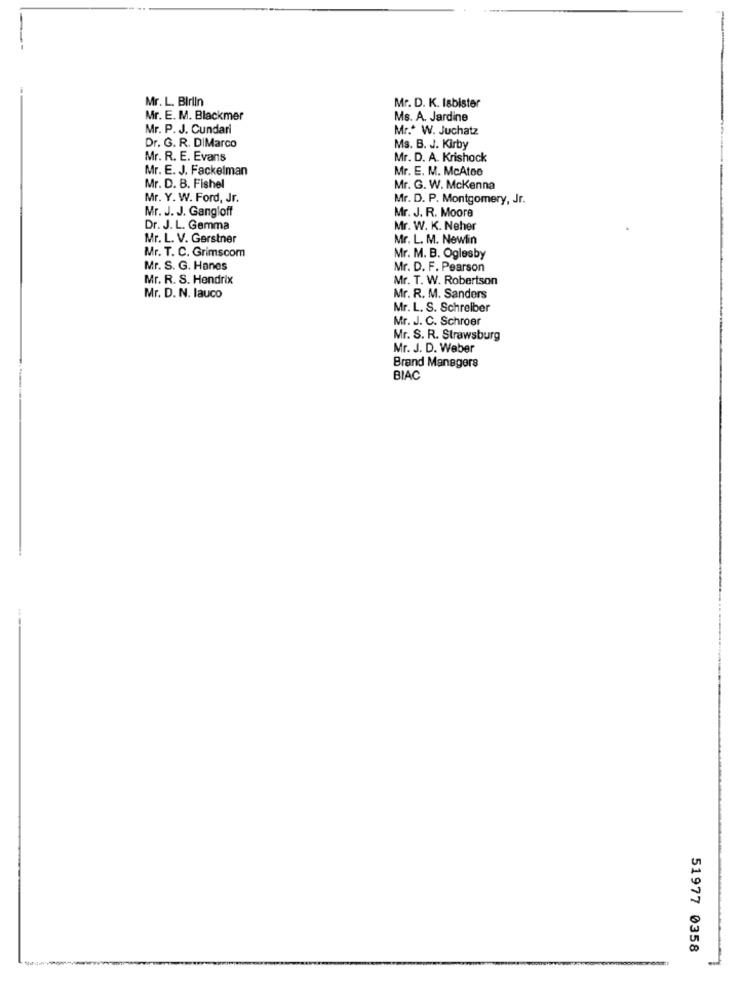
Mr. L. Birlin
Mr. D. K. Isbister
Mr. E. M. Blackmer
Ms. A. Jardine
Mr. P. J. Cundari
Mr .* W. Juchatz
Dr. G. R. DIMarco
Ms. B. J. Kirby
Mr. R. E. Evans
Mr. D. A. Krishock
Mr. E. J. Fackelman
Mr. E. M. McAtoo
Mr. D. B. Fishel
Mr. G. W. Mckenna
Mr. Y. W. Ford, Jr.
Mr. D. P. Montgomery, Jr.
Mr. J. J. Gangloff
Mr. J. R. Moore
Dr. J. L. Gemma
Mr. W. K. Neher
Mr. L. V. Gerstner
Mr. L. M. Newlin
Mr. T. C. Grimscom
Mr. M. B. Oglesby
Mr. S. G. Hanes
Mr. D. F. Pearson
Mr. R. S. Hendrix
Mr. T. W. Robertson
Mr. D. N. lauco
Mr. R. M. Sanders
Mr. L. S. Schreiber
Mr. J. C. Schroer
Mr. S. R. Strawsburg
Mr. J. D. Weber
Brand Managers
BIAC
51977 0358